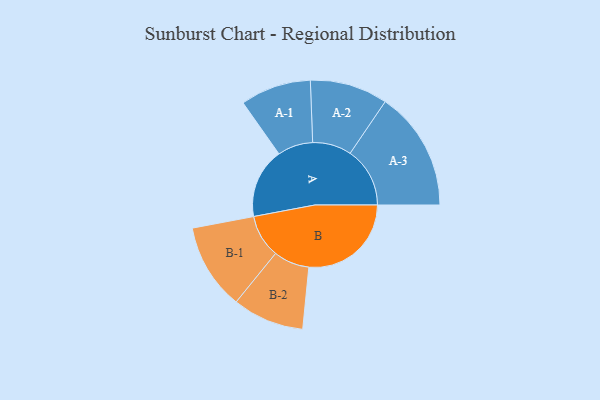
{"axis": {"x": "Segment", "y": "Value"}, "legend": ["", "A", "B"], "data": [{"x": "A", "y": 319, "type": ""}, {"x": "B", "y": 466, "type": ""}, {"x": "A-1", "y": 161, "type": "A"}, {"x": "A-2", "y": 177, "type": "A"}, {"x": "A-3", "y": 272, "type": "A"}, {"x": "B-1", "y": 196, "type": "B"}, {"x": "B-2", "y": 163, "type": "B"}]}